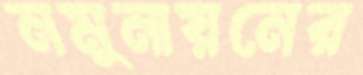
নমুনায়নের